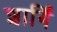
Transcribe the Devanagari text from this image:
शार्गिं